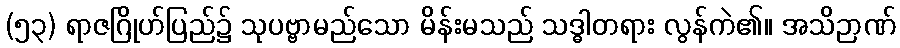
(၅၃) ရာဇဂြိုဟ်ပြည်၌ သုပဗ္ဗာမည်သော မိန်းမသည် သဒ္ဓါတရား လွန်ကဲ၏။ အသိဉာဏ်